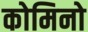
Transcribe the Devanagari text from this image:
कोमिनो